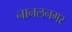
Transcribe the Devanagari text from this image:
नानलनगर